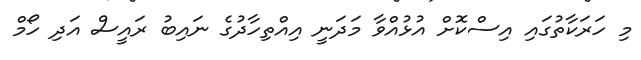
މި ހަރަކާތުގައި އިސްކޮށް އުޅުއްވާ މަދަނީ އިއްތިހާދުގެ ނައިބު ރައީސް އަދި ހޯމް